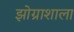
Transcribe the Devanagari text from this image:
झोग्राशाला